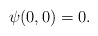
\begin{align*}\psi(0,0)=0.\end{align*}